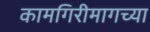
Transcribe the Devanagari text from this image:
कामगिरीमागच्या